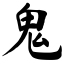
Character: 鬼